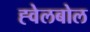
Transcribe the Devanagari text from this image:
ह्वेलबोल